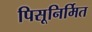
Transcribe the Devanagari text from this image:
पिसूनिर्मित